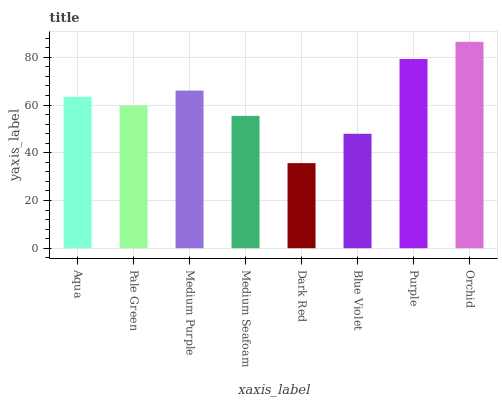
| xaxis_label | bars |
 | --- | --- |
 | Aqua | 63.5 |
 | Pale Green | 59.8 |
 | Medium Purple | 66.1 |
 | Medium Seafoam | 55.5 |
 | Dark Red | 35.7 |
 | Blue Violet | 48 |
 | Purple | 79.3 |
 | Orchid | 86.5 |